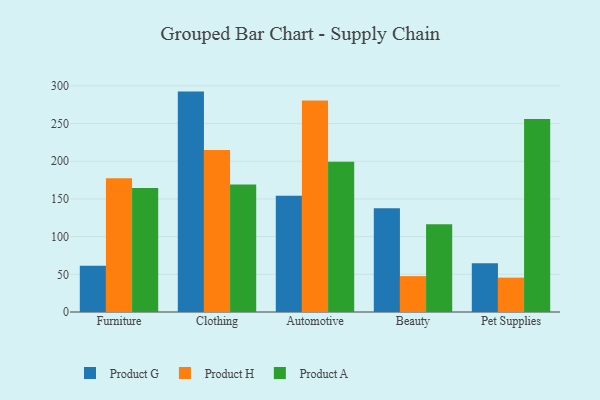
{"axis": {"x": "Category", "y": "Budget (USD K)"}, "legend": ["Product A", "Product G", "Product H"], "data": [{"x": "Furniture", "y": 61.3, "type": "Product G"}, {"x": "Furniture", "y": 177.6, "type": "Product H"}, {"x": "Furniture", "y": 164.6, "type": "Product A"}, {"x": "Clothing", "y": 292.4, "type": "Product G"}, {"x": "Clothing", "y": 215.0, "type": "Product H"}, {"x": "Clothing", "y": 169.0, "type": "Product A"}, {"x": "Automotive", "y": 154.3, "type": "Product G"}, {"x": "Automotive", "y": 280.5, "type": "Product H"}, {"x": "Automotive", "y": 199.4, "type": "Product A"}, {"x": "Beauty", "y": 137.7, "type": "Product G"}, {"x": "Beauty", "y": 47.6, "type": "Product H"}, {"x": "Beauty", "y": 116.5, "type": "Product A"}, {"x": "Pet Supplies", "y": 64.8, "type": "Product G"}, {"x": "Pet Supplies", "y": 45.6, "type": "Product H"}, {"x": "Pet Supplies", "y": 256.1, "type": "Product A"}]}